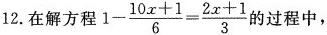
12.在解方程$$1- \frac{10x+1}{6}= \frac{2x+1}{3}$$ 的过程中，